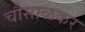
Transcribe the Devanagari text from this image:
चौसाळकर